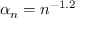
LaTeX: \alpha _ { n } = n ^ { - 1 . 2 }